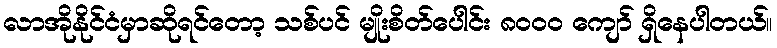
လာအိုနိုင်ငံမှာဆိုရင်တော့ သစ်ပင် မျိုးစိတ်ပေါင်း ၈၀၀၀ ကျော် ရှိနေပါတယ်။